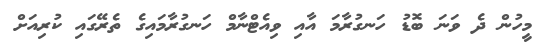
މީހުން ދެ ވަނަ ބޮޑު ހަނގުރާމަ އާއި ވިއެޓްނާމް ހަނގުރާމައިގެ ތެރޭގައި ކުރިއަށް